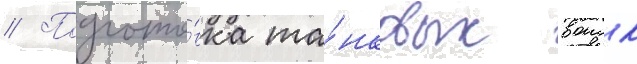
// Подгото́вка та́нковых воиск